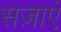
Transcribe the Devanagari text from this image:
सज़ाएं